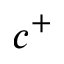
c ^ { + }